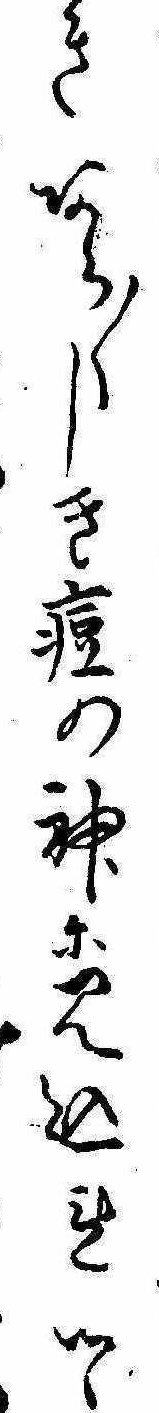
きあら〱しき痘の神に見込れつゝ